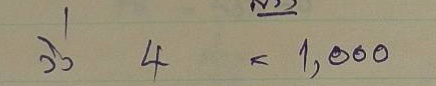
วิ่ง 4 =  1,000